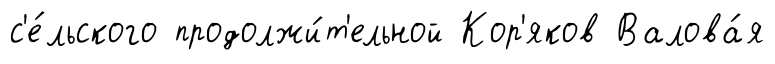
с'е́льского продолжи́т'ельной Кор'яков Валова́я